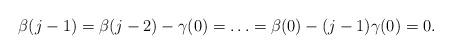
LaTeX: \begin{align*}\beta(j-1)= \beta(j-2)-\gamma(0) = \ldots = \beta(0)-(j-1)\gamma(0)=0.\end{align*}